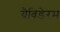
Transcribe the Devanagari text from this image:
ग्रैविडेरम